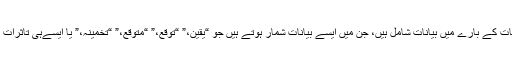
ان میں ارادہ، یقین، یا انتظامیہ کی موجودہ توقعات کے بارے میں بیانات شامل ہیں، جن میں ایسے بیانات شمار ہوتے ہیں جو “یقین،” “توقع،” “متوقع،” “تخمینہ،” یا ایسےہی تاثرات رکھتا ہو، لیکن یہ صرف انہی تک محدود نہیں۔